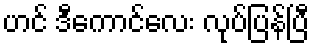
ဟင် ဒီကောင်လေး လုပ်ပြန်ပြီ